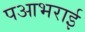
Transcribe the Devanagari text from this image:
पआभराई